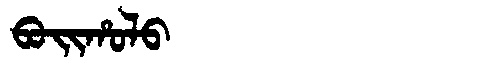
Manchu: ᠪᠣᡳᡥᠣᠯᠣ
Romanization: BOIHOLO